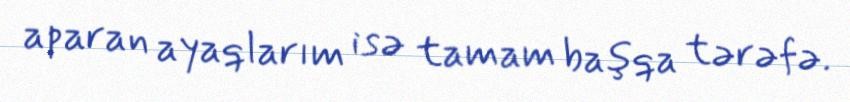
aparan ayaqlarım isə tamam başqa tərəfə.